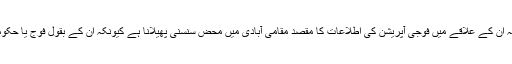
تاہم شمالی وزیرستان میں مقامی قبائلی رہنماؤں کا کہنا ہے کہ اُن کے علاقے میں فوجی آپریشن کی اطلاعات کا مقصد مقامی آبادی میں محض سنسنی پھیلانا ہے کیونکہ اُن کے بقول فوج یا حکومت کی طرف سے اُنھیں ایسی کوئی اطلاع نہیں دی گئی ہے۔